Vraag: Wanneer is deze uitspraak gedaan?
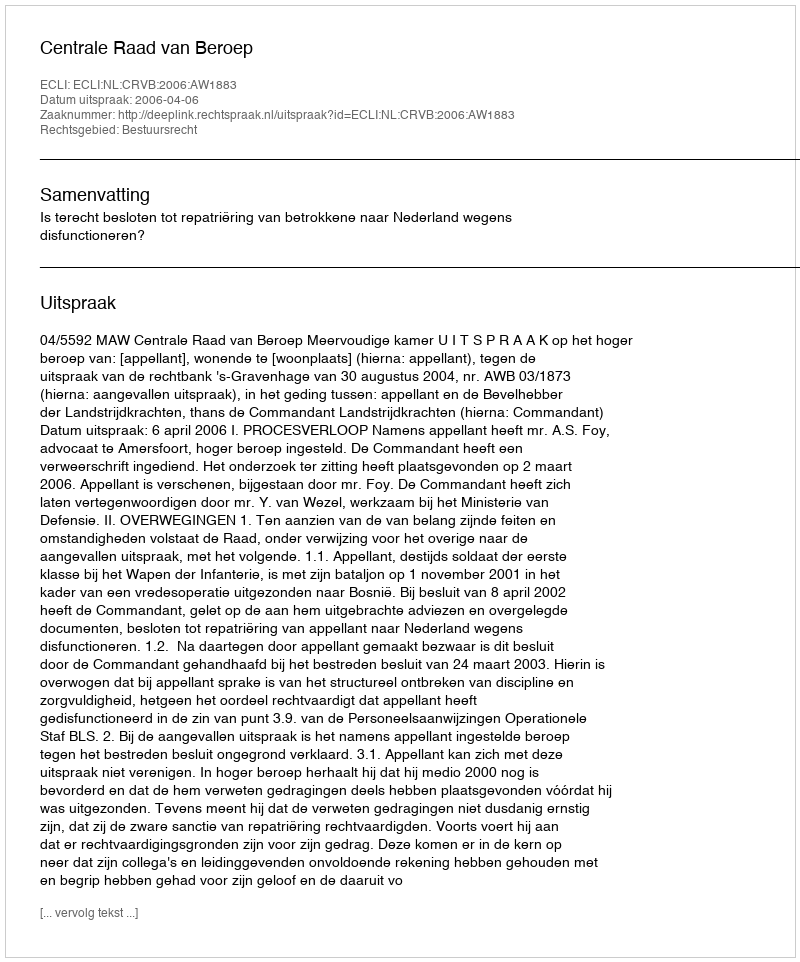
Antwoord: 2006-04-06